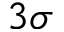
3 \sigma